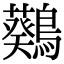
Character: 𪆴